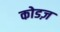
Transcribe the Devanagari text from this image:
कोडज़